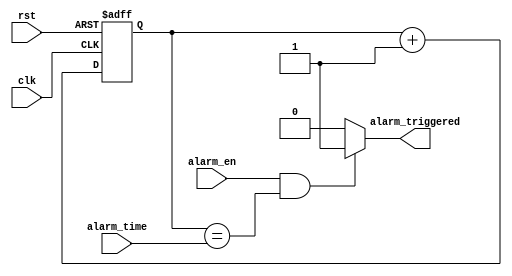
module rtc_timer (
    input wire clk,             // clock input
    input wire rst,             // reset input
    input wire [31:0] alarm_time, // alarm time input
    input wire alarm_en,        // alarm enable input
    output reg alarm_triggered  // alarm triggered output
);

reg [31:0] current_time; // current time register

// Counter module to keep track of the current time
always @(posedge clk or posedge rst)
begin
    if (rst)
        current_time <= 0;
    else
        current_time <= current_time + 1;
end

// Comparator to compare current time with alarm time
always @(*)
begin
    if (alarm_en && current_time == alarm_time)
        alarm_triggered <= 1;
    else
        alarm_triggered <= 0;
end

endmodule